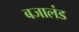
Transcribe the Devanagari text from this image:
बजालंड